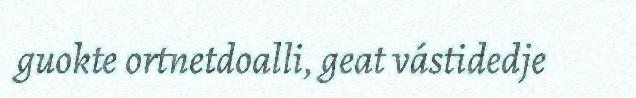
guokte ortnetdoalli, geat vástidedje